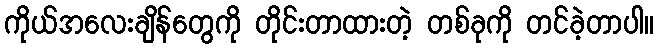
ကိုယ်အလေးချိန်တွေကို တိုင်းတာထားတဲ့ တစ်ခုကို တင်ခဲ့တာပါ။